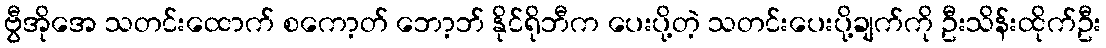
ဗွီအိုအေ သတင်းထောက် စကော့တ် ဘော့ဘ် နိုင်ရိုဘီက ပေးပို့တဲ့ သတင်းပေးပို့ချက်ကို ဦးသိန်းထိုက်ဦး